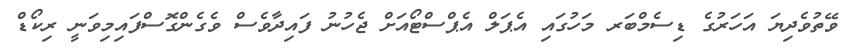
ވޭތުވެދިޔަ އަހަރުގެ ޑިސެމްބަރ މަހުގައި އެޕަލް އެޕްސްޓޯއަށް ޖެހުނު ފައިދާވެސް ވެގެންގޮސްފައިމިވަނީ ރިކޯޑް